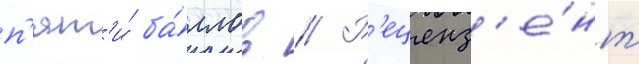
п'ят'и́ ба́ллов // Р'еценз'е́нт